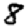
Digit: 8